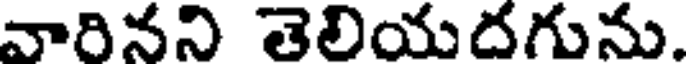
వారినని తెలియదగును.